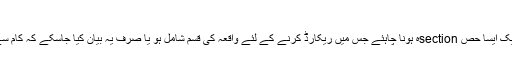
جب ریکارڈ کرنا ہے
واضح طور پر بیان کی گئی پالیسی میں ایک ایسا حص sectionہ ہونا چاہئے جس میں ریکارڈ کرنے کے لئے واقعہ کی قسم شامل ہو یا صرف یہ بیان کیا جاسکے کہ کام سے متعلقہ تمام سرگرمیاں ریکارڈ ہوجائیں۔